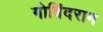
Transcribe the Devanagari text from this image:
गोबिंदराम